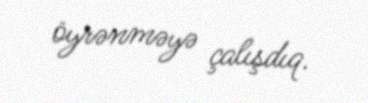
öyrənməyə çalışdıq.